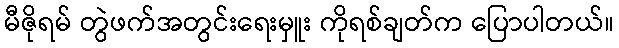
မီဇိုရမ် တွဲဖက်အတွင်းရေးမှူး ကိုရစ်ချတ်က ပြောပါတယ်။